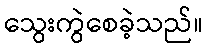
သွေးကွဲစေခဲ့သည်။